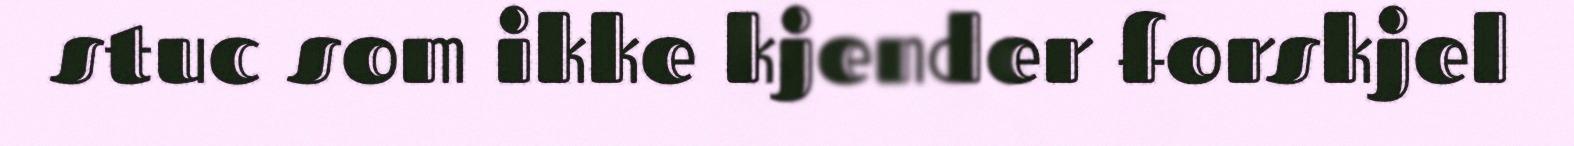
stuc som ikke kjender forskjel